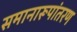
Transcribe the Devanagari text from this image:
समानारूपांतरण